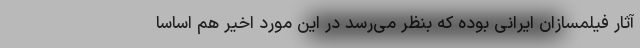
آثار فیلمسازان ایرانی بوده که بنظر می‌رسد در این مورد اخیر هم اساسا